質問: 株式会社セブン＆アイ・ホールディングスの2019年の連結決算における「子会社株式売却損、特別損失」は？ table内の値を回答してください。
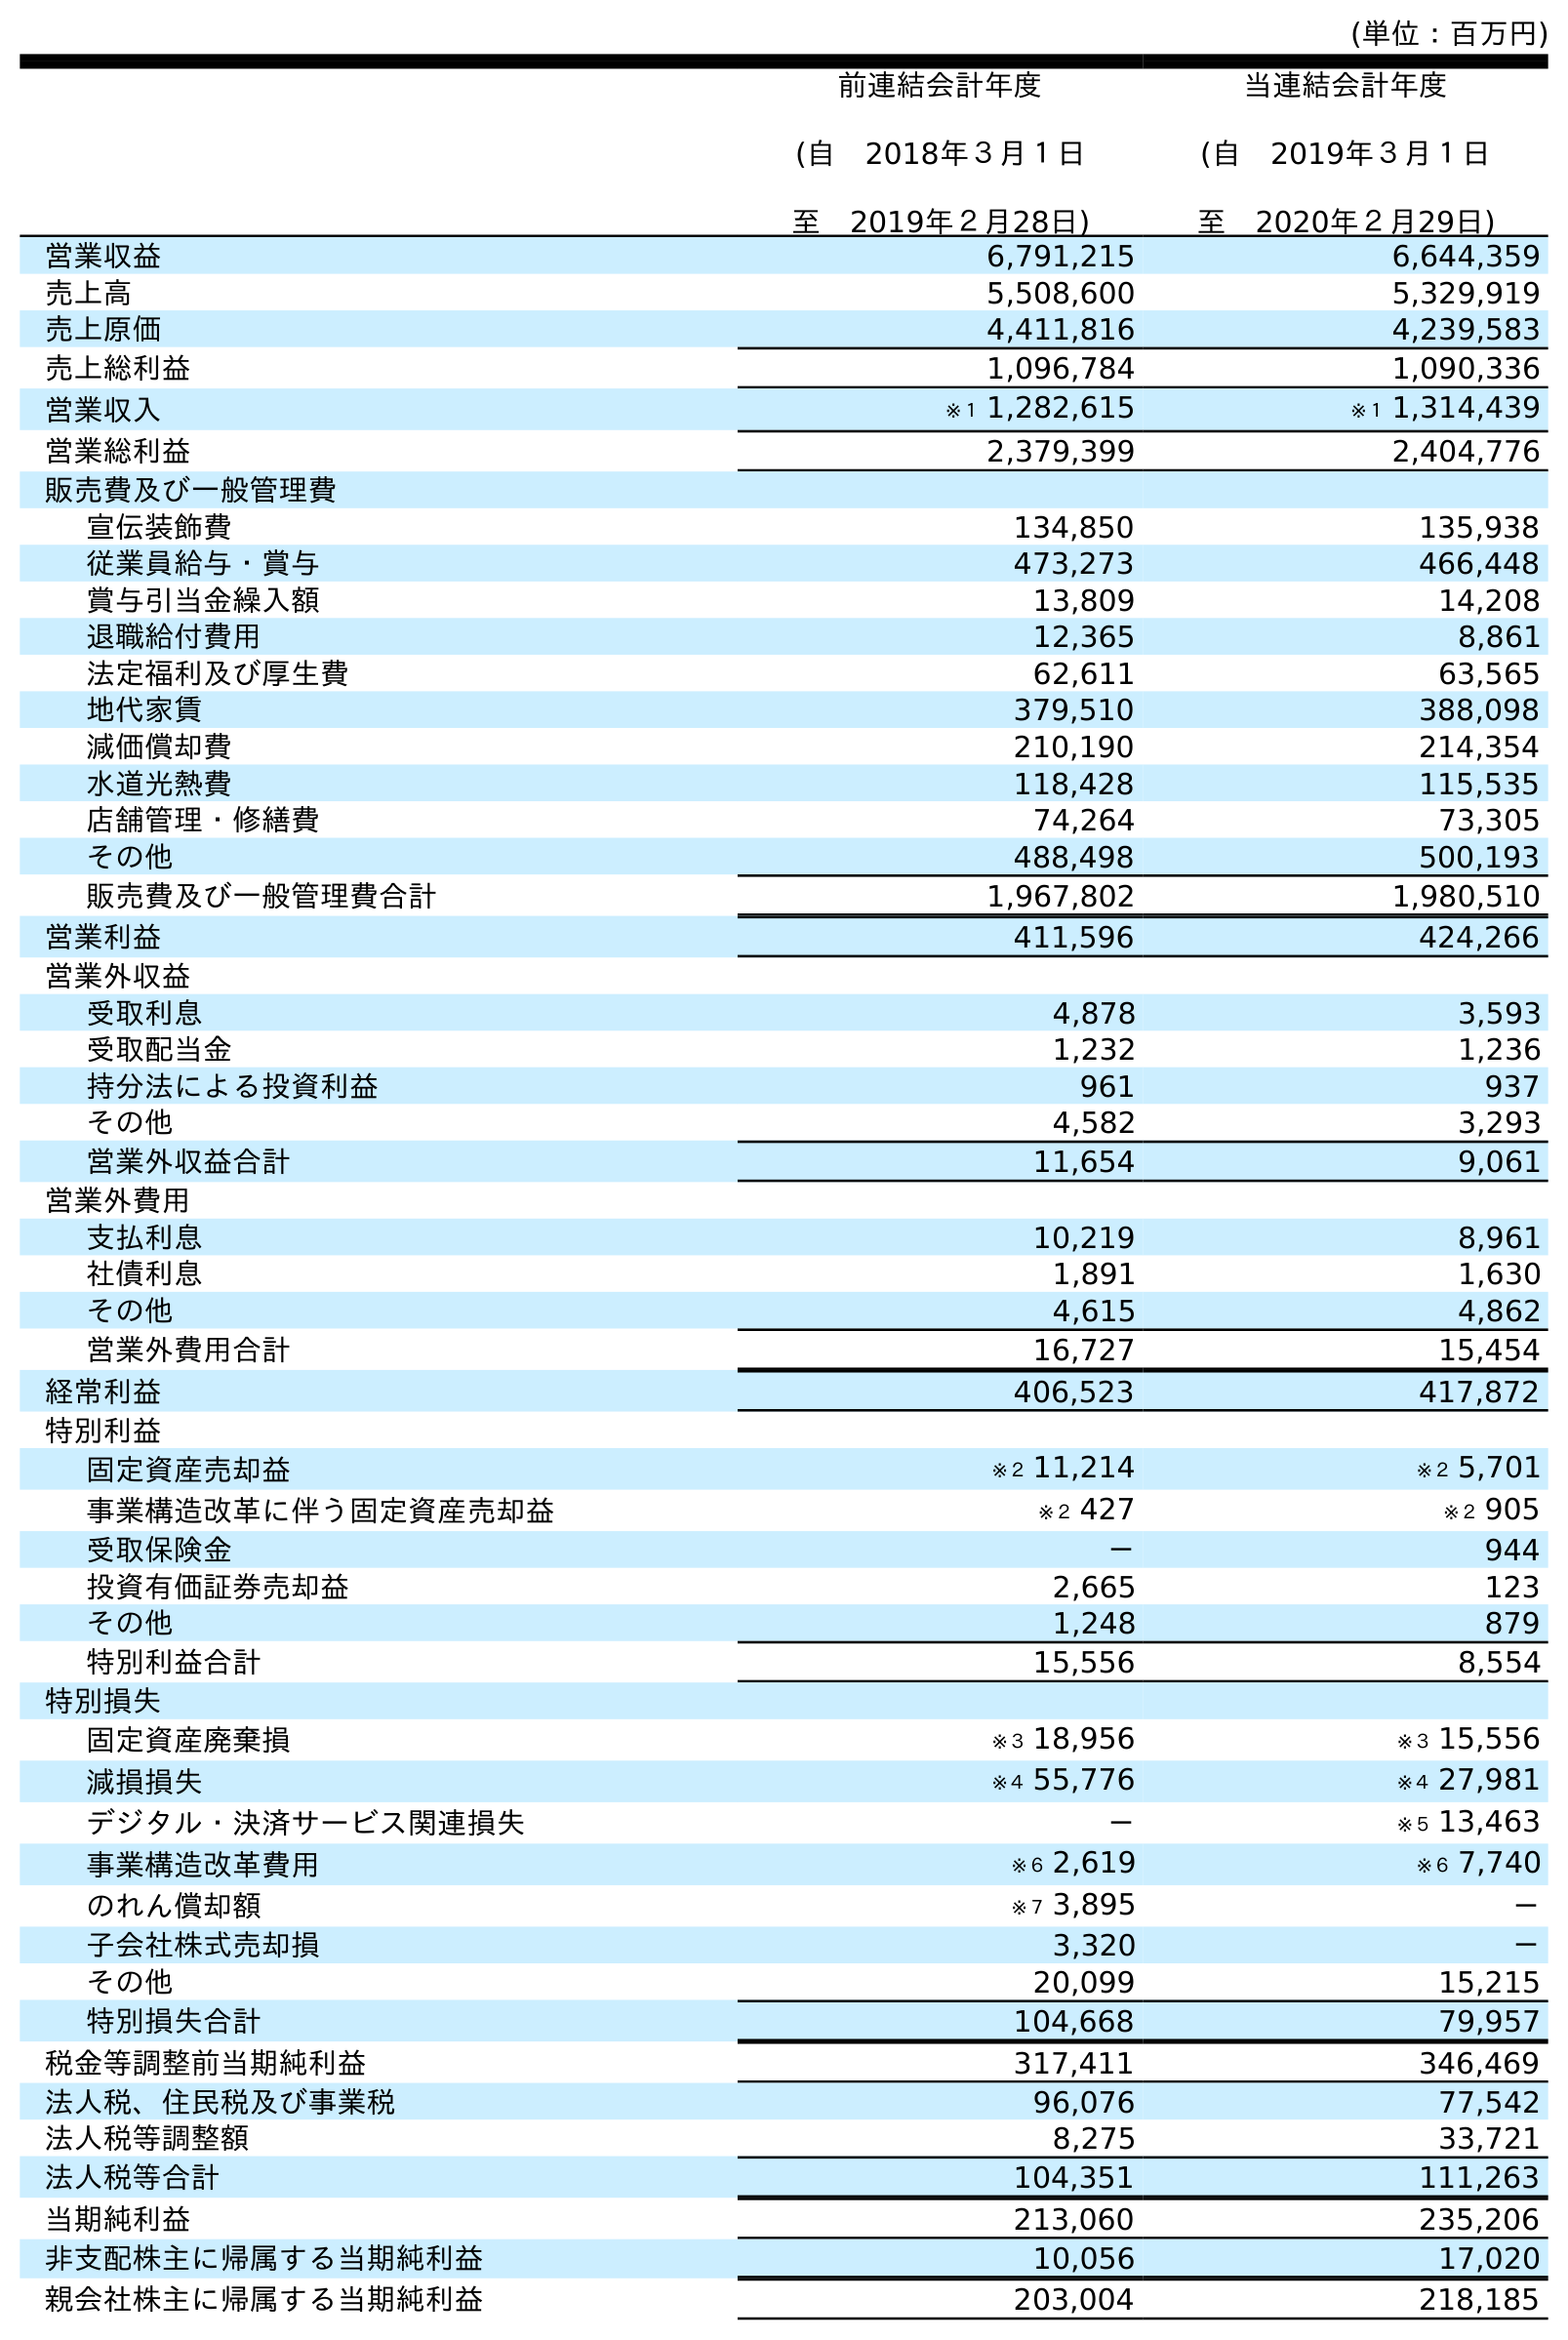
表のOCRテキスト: (単位：百万円) 前連結会計年度 (自 2018年３月１日 至 2019年２月28日) 当連結会計年度 (自 2019年３月１日 至 2020年２月29日) 営業収益 6,791,215 6,644,359 売上高 5,508,600 5,329,919 売上原価 4,411,816 4,239,583 売上総利益 1,096,784 1,090,336 営業収入 ※１ 1,282,615 ※１ 1,314,439 営業総利益 2,379,399 2,404,776 販売費及び一般管理費 宣伝装飾費 134,850 135,938 従業員給与・賞与 473,273 466,448 賞与引当金繰入額 13,809 14,208 退職給付費用 12,365 8,861 法定福利及び厚生費 62,611 63,565 地代家賃 379,510 388,098 減価償却費 210,190 214,354 水道光熱費 118,428 115,535 店舗管理・修繕費 74,264 73,305 その他 488,498 500,193 販売費及び一般管理費合計 1,967,802 1,980,510 営業利益 411,596 424,266 営業外収益 受取利息 4,878 3,593 受取配当金 1,232 1,236 持分法による投資利益 961 937 その他 4,582 3,293 営業外収益合計 11,654 9,061 営業外費用 支払利息 10,219 8,961 社債利息 1,891 1,630 その他 4,615 4,862 営業外費用合計 16,727 15,454 経常利益 406,523 417,872 特別利益 固定資産売却益 ※２ 11,214 ※２ 5,701 事業構造改革に伴う固定資産売却益 ※２ 427 ※２ 905 受取保険金 － 944 投資有価証券売却益 2,665 123 その他 1,248 879 特別利益合計 15,556 8,554 特別損失 固定資産廃棄損 ※３ 18,956 ※３ 15,556 減損損失 ※４ 55,776 ※４ 27,981 デジタル・決済サービス関連損失 － ※５ 13,463 事業構造改革費用 ※６ 2,619 ※６ 7,740 のれん償却額 ※７ 3,895 － 子会社株式売却損 3,320 － その他 20,099 15,215 特別損失合計 104,668 79,957 税金等調整前当期純利益 317,411 346,469 法人税、住民税及び事業税 96,076 77,542 法人税等調整額 8,275 33,721 法人税等合計 104,351 111,263 当期純利益 213,060 235,206 非支配株主に帰属する当期純利益 10,056 17,020 親会社株主に帰属する当期純利益 203,004 218,185
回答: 3,320